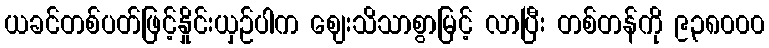
ယခင်တစ်ပတ်ဖြင့်နှိုင်းယှဉ်ပါက ဈေးသိသာစွာမြင့် လာပြီး တစ်တန်ကို ၉၃၈၀၀၀